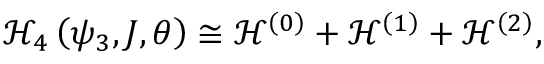
\mathcal { H } _ { 4 } \left( \psi _ { 3 } , J , \theta \right) \cong \mathcal { H } ^ { \left( 0 \right) } + \mathcal { H } ^ { \left( 1 \right) } + \mathcal { H } ^ { \left( 2 \right) } ,